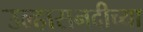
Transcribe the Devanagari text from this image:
उल्हासनदीच्या